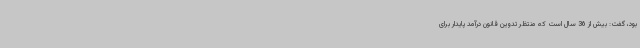
بود، گفت: بیش از 36 سال است که منتظر تدوین قانون درآمد پایدار برای